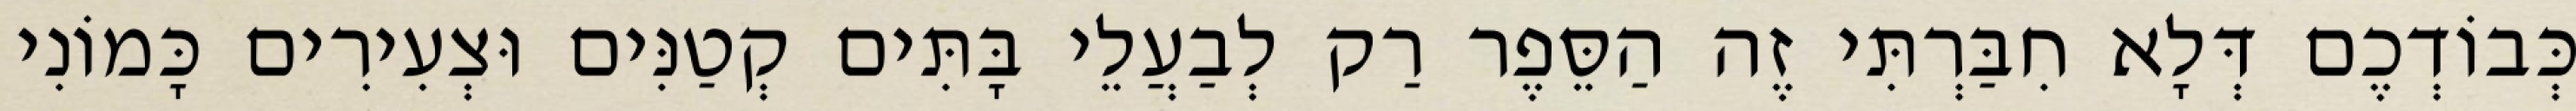
כְּבוֹדְכֶם דְּלָא חִבַּרְתִּי זֶה הַסֵּפֶר רַק לְבַעֲלֵי בָּתִּים קְטַנִּים וּצְעִירִים כָּמוֹנִי